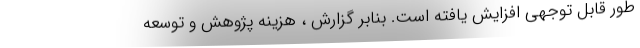
طور قابل توجهی افزایش یافته است. بنابر گزارش ، هزینه پژوهش و توسعه